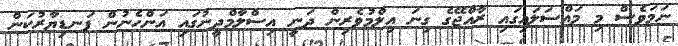
ނަމަވެސް މި މައްސަލައިގައި ރާއްޖޭގެ ގިނަ އިލްމުވެރިން ދަނީ އިސްލާމްދީނުގައި އަންހެނުން ފަނޑިޔާރުކަން